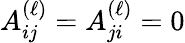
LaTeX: A_{ij}^{(\ell)}=A_{ji}^{(\ell)}=0